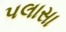
પલાસા